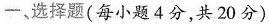
一、选择题(每小题4分，共20分)